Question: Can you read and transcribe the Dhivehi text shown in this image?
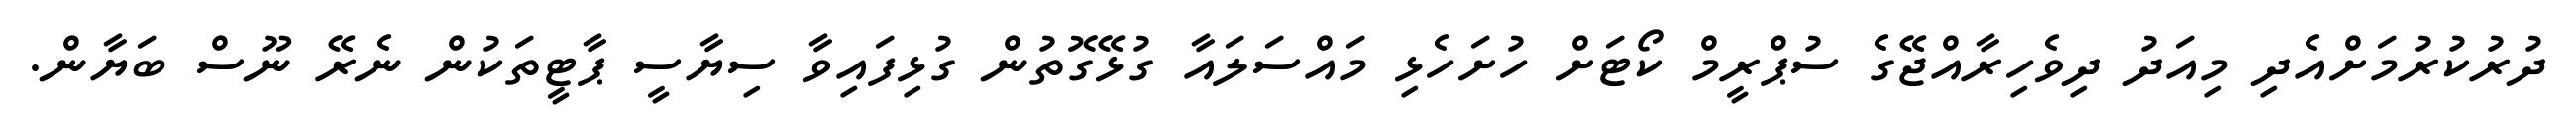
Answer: ދުރުކުރުމަށްއެދި މިއަދު ދިވެހިރާއްޖޭގެ ސުޕްރީމް ކޯޓަށް ހުށަހެޅި މައްސަލައާ ގުޅޭގޮތުން ގުޅިފައިވާ ސިޔާސީ ޕާޓީތަކުން ނެރޭ ނޫސް ބަޔާން.